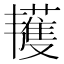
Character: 𱂌